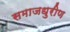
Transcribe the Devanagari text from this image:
समाजधुरीण